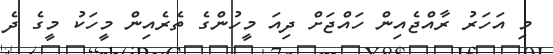
މި އަހަރު ރާއްޖެއިން ހައްޖަށް ދިއަ މީހުންގެ ތެރެއިން މީހަކު މީގެ ދެ